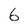
Character: 6